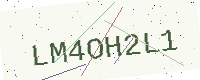
Text: LM4OH2L1